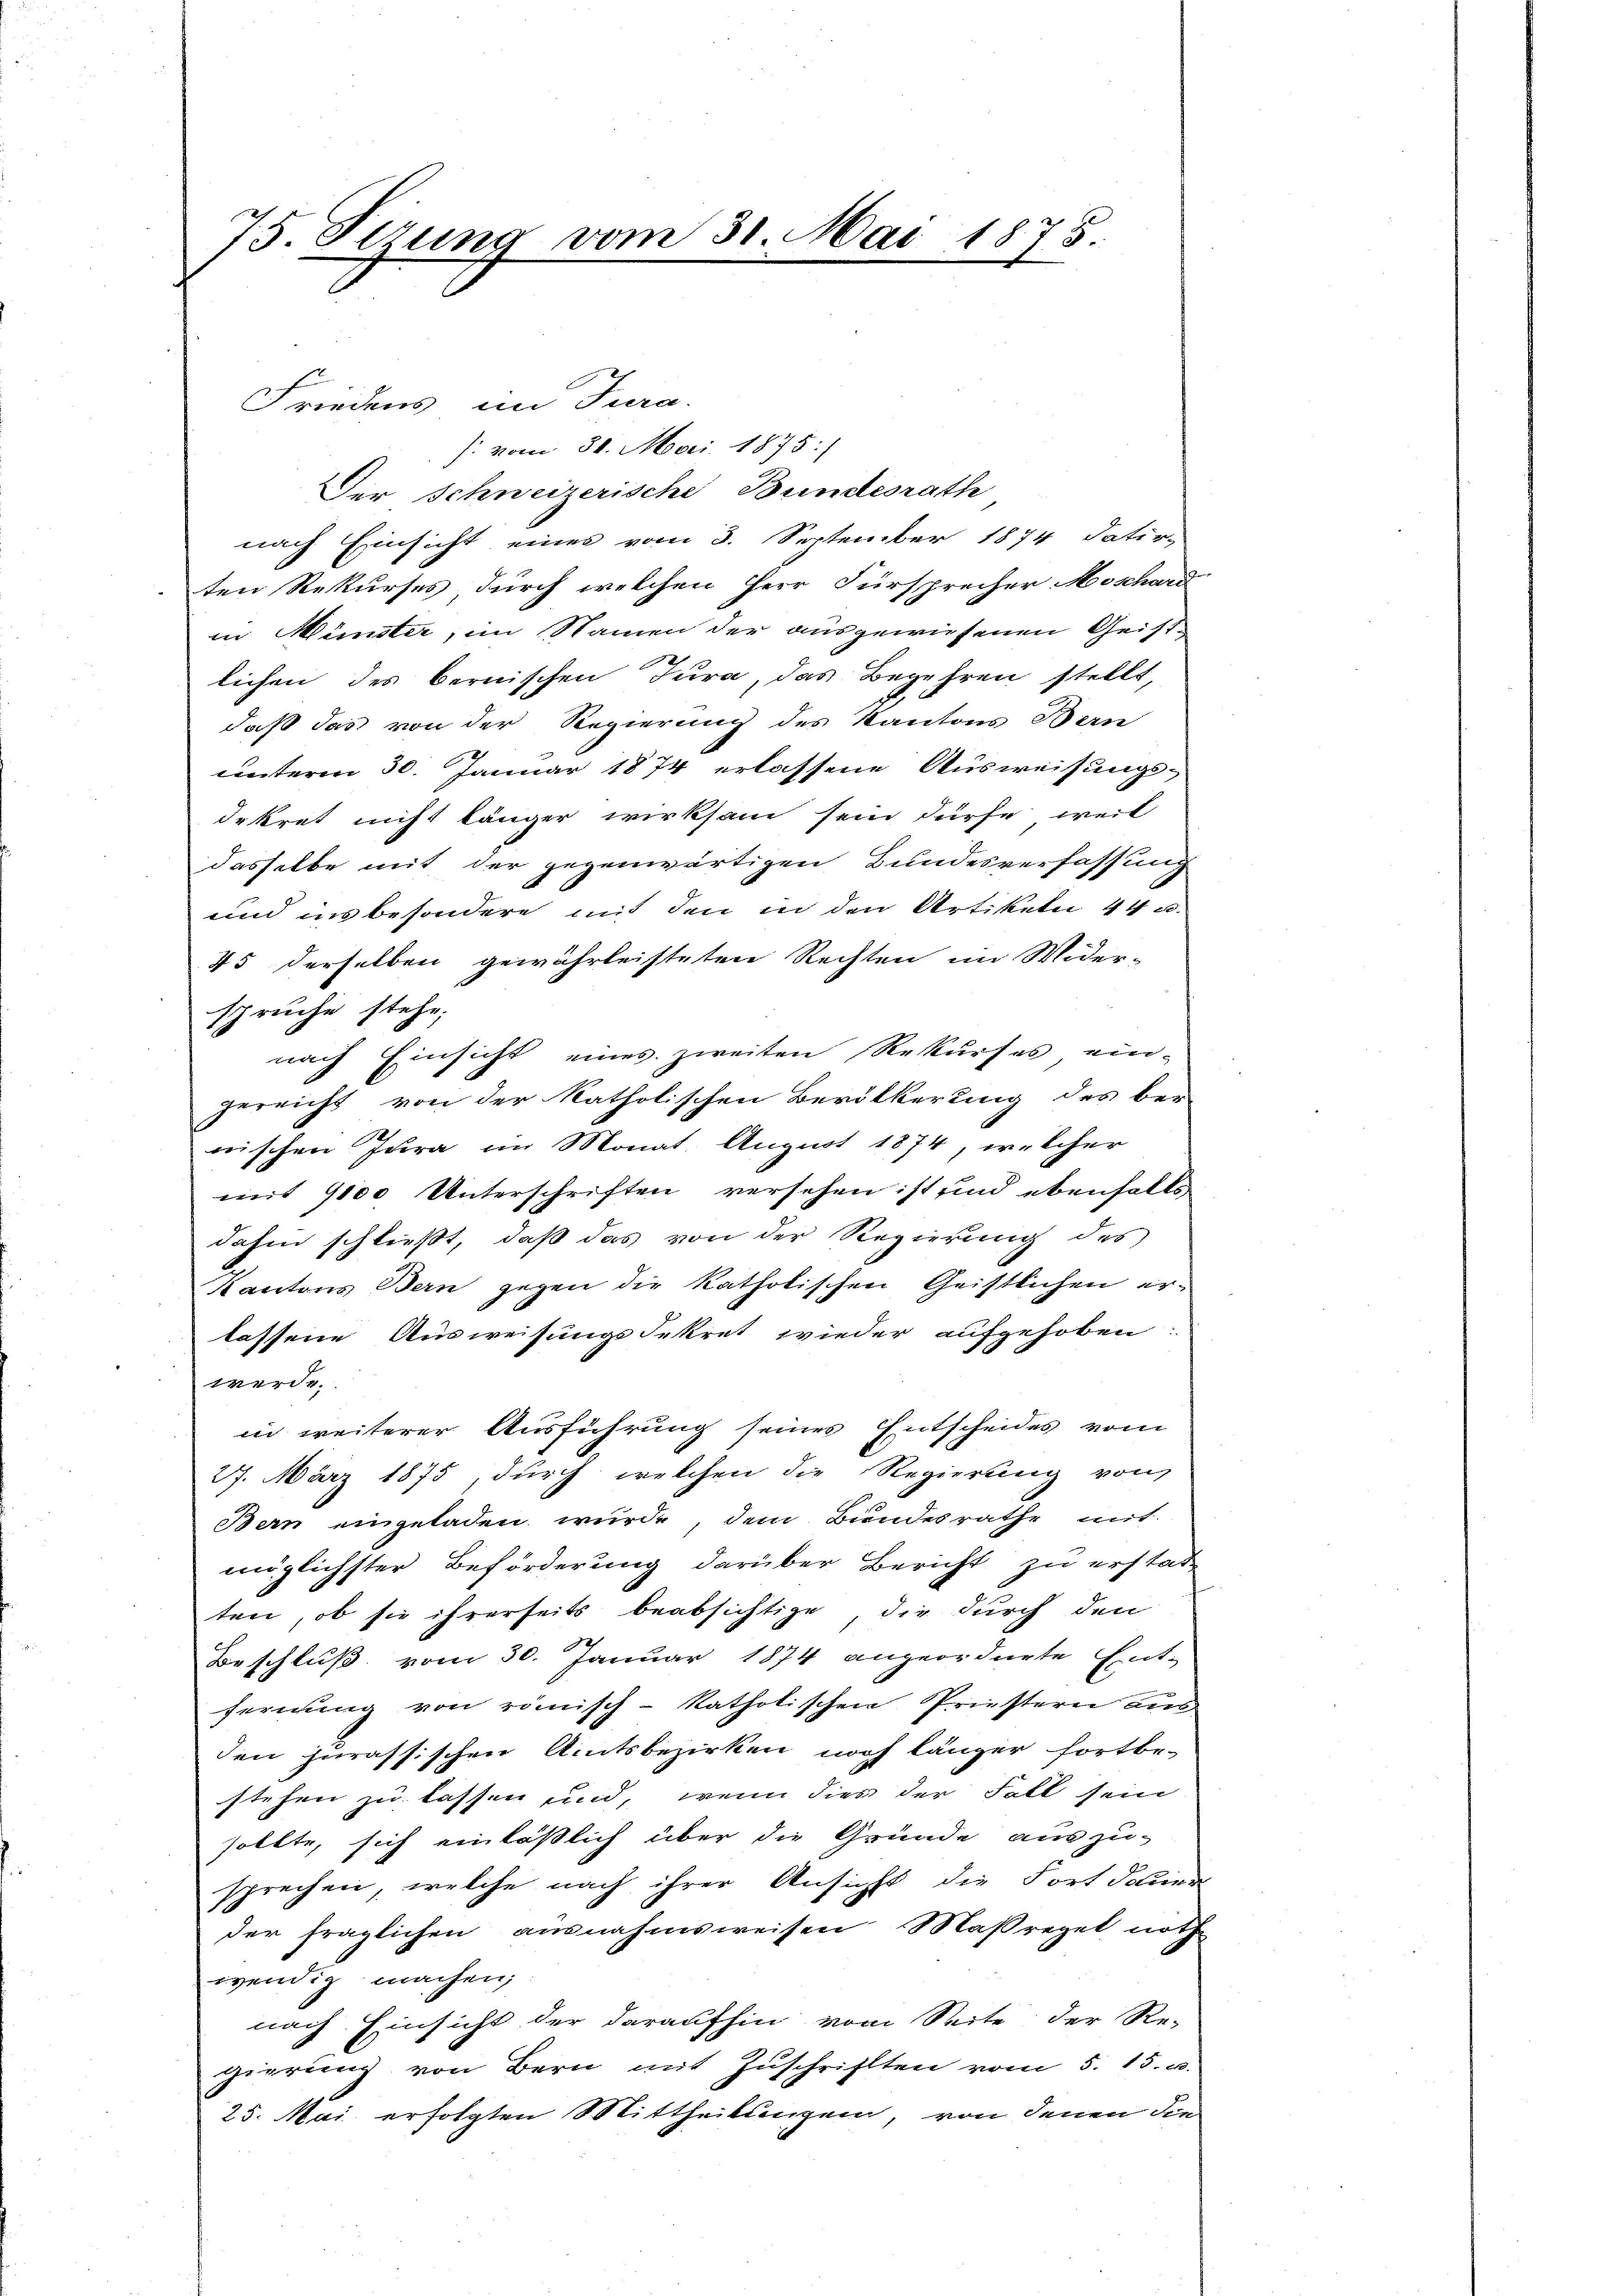
75. Sitzung vom 31. Mai 1875.

Friedens im Tura.
 vom 30. Mai 1875:/
Der Schweizerische Bundesrath
nach Einsicht eines vom 3. September 1874 datir-
ten Rekurses durch welchen Herr Fürsprecher Moschard
in Münster, im Namen der ausgewiesenen Geistlichen des bernischen Jura, das Begehren stellt,
daß das von der Regierung des Kantons Bern
unterm 30. Januar 1874 erlassene Ausweisungs-
dekret nicht länger wirksam sein dürfe, weil
dasselbe mit der gegenwärtigen Bundesverfassung
und ins besondere mit den in den Artikeln 44 u.
45 derselben gewährleisteten Rechten im Wider-
sprüche stehe;
nach Einsicht eines zweiten Rekurses ein-
gereicht von der katholischen Bevölkerung des ber-
wischen Jura im Monat. August 1874, welcher
mit 9100 Unterschriften versehen ist und ebenfalls
dahin schließt, daß das von der Regierung des
Kantons Bern gegen die katholischen Geistlichen er-
lassene Ausweisungsdekret wieder aufgehoben
werde.
in weiterer Ausführung seines Entscheides vom
27. März 1875, durch welchen die Regierung von
Bern eingeladen wurde, dem Bundesrathe mit
möglichster Beförderung darüber Bericht zu erstade
ten, ob sie ihrerseits beabsichtige, die durch den
Beschluß vom 30. Januar 1874 angeordnete Ent-
fernung von römisch-katholischen Priestern aus
den jurassischen Amtsbezirken noch länger fortbe-
stehen zu lassen und, wenn dies der Fall sein
sollte, sich einläßlich über die Gründe auszu-
sprechen, welche nach ihrer Ansicht die Fortdauer
der fraglichen ausnahmsweisen Maßreget noth-
wendig machen;
nach Einsicht der daraufhin vom Seite der Re-
gierung von Bern mit Zuschriften vom 5. 15. u.
25. Mai erfolgten Mittheilungen, von denen die